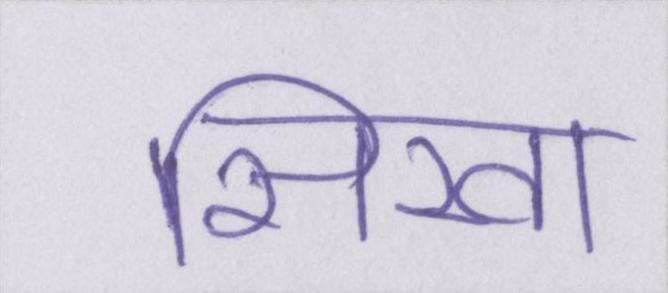
सिखा